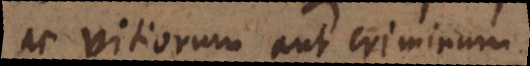
ac vitiorum aut criminum